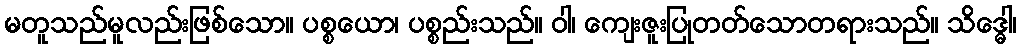
မတူသည်မူလည်းဖြစ်သော။ ပစ္စယော၊ ပစ္စည်းသည်။ ဝါ၊ ကျေးဇူးပြုတတ်သောတရားသည်။ သိဒ္ဓေါ၊